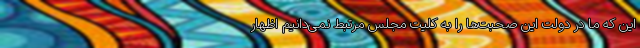
این که ما در دولت این صحبت‌ها را به کلیت مجلس مرتبط نمی‌دانیم اظهار